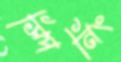
স্পিনিং